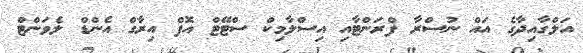
އަލްގާއިދާގެ އައް ނުސްރާ ފްރަންޓާއި އިސްލާމިކް ސްޓޭޓް އޮފް އިރާގް އެންޑް ލެވަންޓް